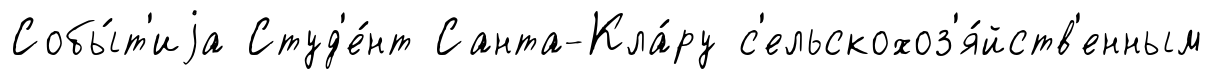
Собы́т'иjа Студ'е́нт Санта-Кла́ру с'ельскохоз'я́йств'енным